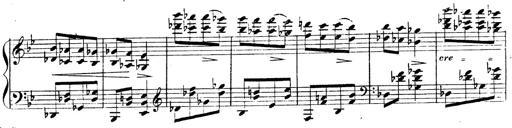
Title: 3 Caprices-Valses
Composer: Franz Liszt